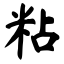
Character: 粘